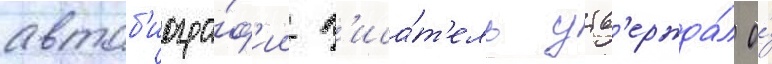
автоб'иогра́ф'ии п'иса́т'ель утв'ержда́л о́